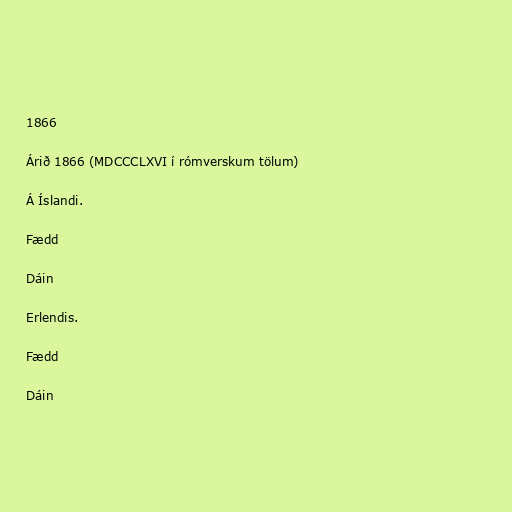
1866

Árið 1866 (MDCCCLXVI í rómverskum tölum)

Á Íslandi.

Fædd

Dáin

Erlendis.

Fædd

Dáin